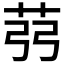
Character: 𦭲